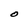
Character: O